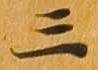
三